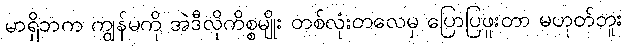
မာရှိဘက ကျွန်မကို အဲဒီလိုကိစ္စမျိုး တစ်လုံးတလေမှ ပြောပြဖူးတာ မဟုတ်ဘူး